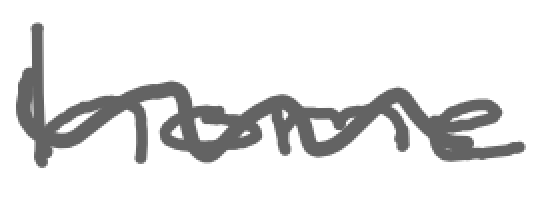
Text: home
Cross-out: wave
Writing tool: digital_gray